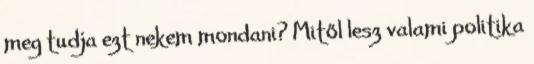
meg tudja ezt nekem mondani? Mitől lesz valami politika